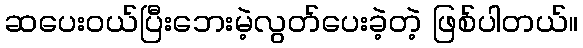
ဆပေးဝယ်ပြီးဘေးမဲ့လွတ်ပေးခဲ့တဲ့ ဖြစ်ပါတယ်။